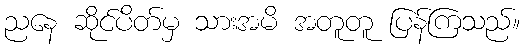
ညနေ ဆိုင်ပိတ်မှ သားအမိ အတူတူ ပြန်ကြသည်။